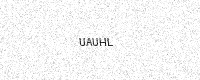
Text: UAUHL